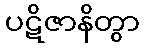
ပဋိဇာနိတွာ